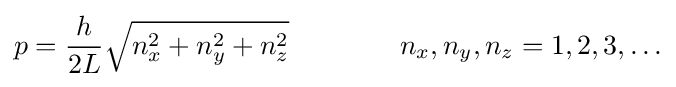
p={\frac {h}{2L}}{\sqrt {n_{x}^{2}+n_{y}^{2}+n_{z}^{2}}}\qquad \qquad n_{x},n_{y},n_{z}=1,2,3,\ldots